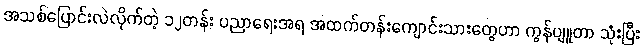
အသစ်ပြောင်းလဲလိုက်တဲ့ ၁၂တန်း ပညာရေးအရ အထက်တန်းကျောင်းသားတွေဟာ ကွန်ပျူတာ သုံးပြီး